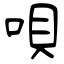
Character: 唄